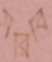
সরিবি